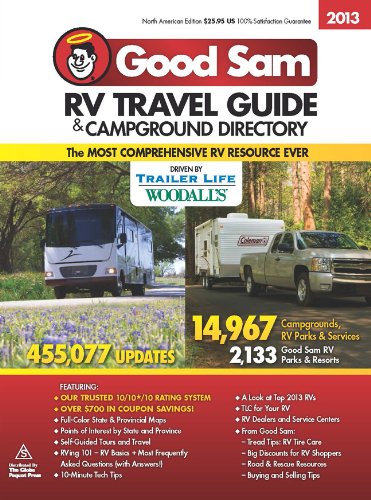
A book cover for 2013 Good Sam RV Travel Guide & Campground Directory; Good Sam Enterprises; Travel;